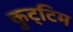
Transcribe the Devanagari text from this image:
कुट्‌टिम